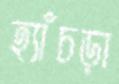
হ্যাঁচড়া